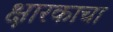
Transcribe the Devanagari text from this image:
क्षारकाचा